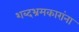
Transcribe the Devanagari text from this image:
शब्दभ्रमकारांना